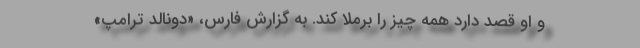
و او قصد دارد همه چیز را برملا کند. به گزارش فارس، «دونالد ترامپ»